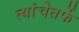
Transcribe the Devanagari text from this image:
त्यांचेतर्फे